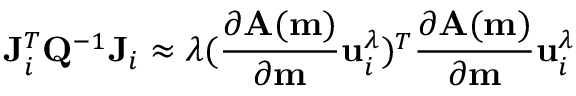
\mathbf { J } _ { i } ^ { T } \mathbf { Q } ^ { - 1 } \mathbf { J } _ { i } \approx \lambda ( \frac { \partial \mathbf { A ( m ) } } { \partial \mathbf { m } } \mathbf { u } _ { i } ^ { \lambda } ) ^ { T } \frac { \partial \mathbf { A ( m ) } } { \partial \mathbf { m } } \mathbf { u } _ { i } ^ { \lambda }